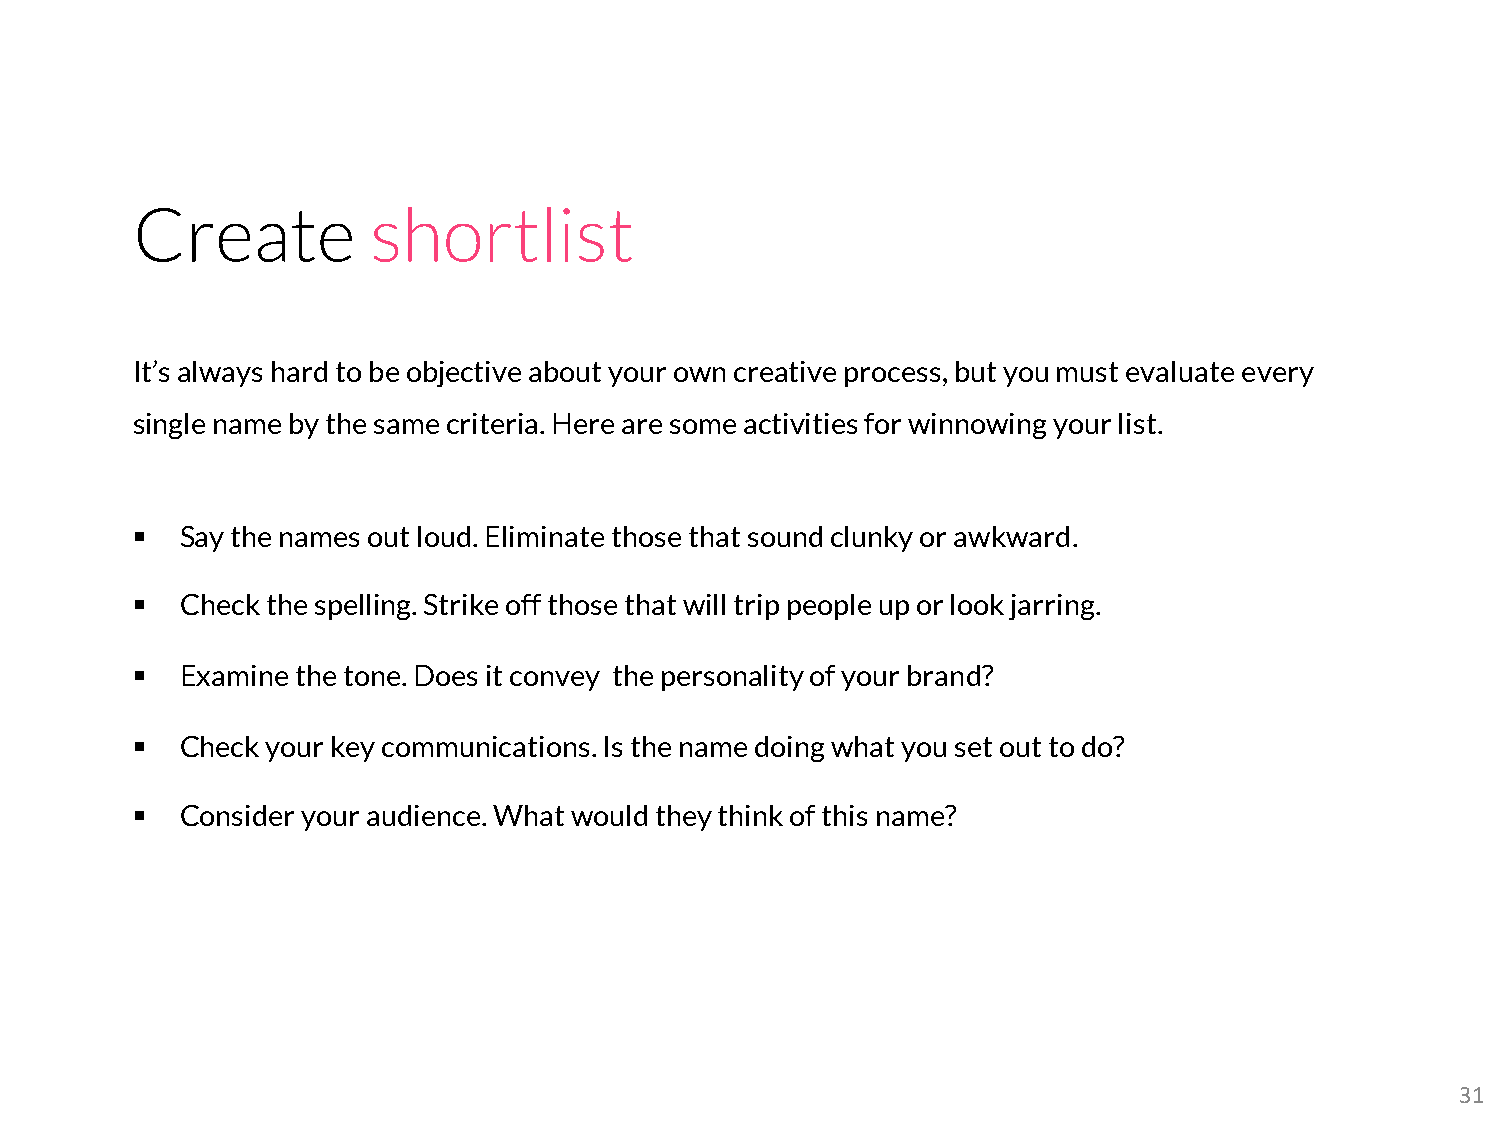
Create         shortlist
 It’s always hard to be objective about your own creative process, but you must evaluate every
 single name by the same criteria. Here are some activities for winnowing your list.
 §  Say the names out loud. Eliminate those that sound clunky or awkward.
 §  Check the spelling. Strike off those that will trip people up or look jarring.
 §  Examine the tone. Does it convey the personality of your brand?
 §  Check your key communications. Is the name doing what you set out to do?
 §  Consider your audience. What would they think of this name?
 31